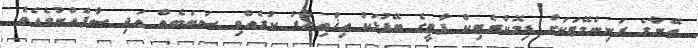
އޭނާގެ ރަނިންމޭޓަކަށް ޑިމޮކްރެޓިކް ޕާޓީގެ ބޭފުޅަކު އިޚްތިޔާރު ކުރެއްވި ސަބަބެއް އަދި ސާފެއްނުވެއެވެ.